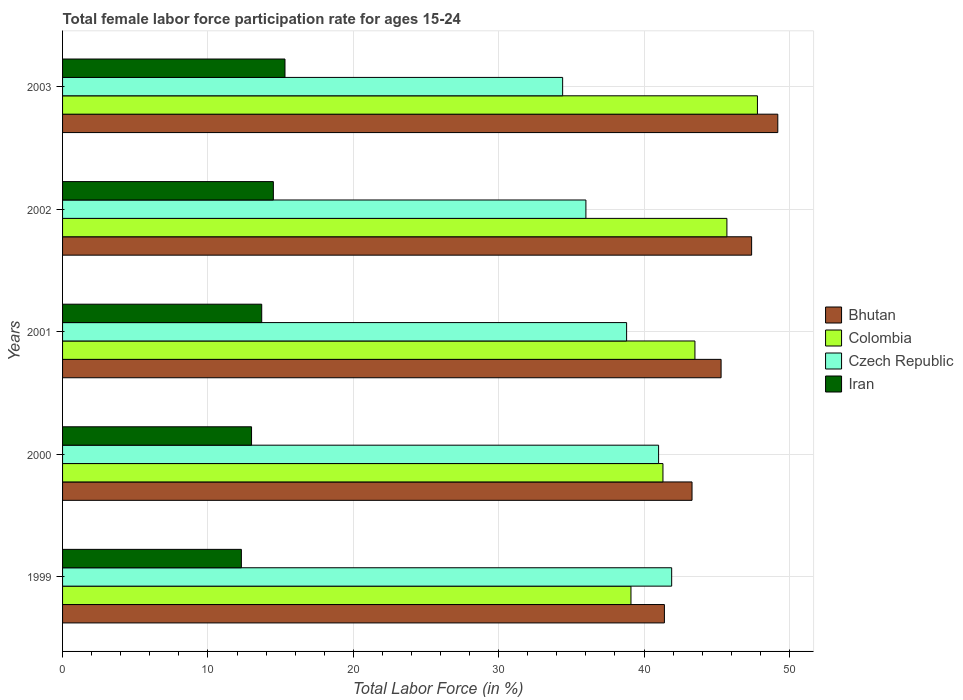
| Years | Bhutan | Colombia | Czech Republic | Iran |
 | --- | --- | --- | --- | --- |
 | 1999 | 41.4 | 39.1 | 41.9 | 12.3 |
 | 2000 | 43.3 | 41.3 | 41 | 13 |
 | 2001 | 45.3 | 43.5 | 38.8 | 13.7 |
 | 2002 | 47.4 | 45.7 | 36 | 14.5 |
 | 2003 | 49.2 | 47.8 | 34.4 | 15.3 |